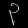
Digit: ၃